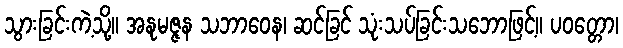
သွားခြင်းကဲ့သို့။ အနုမဇ္ဇန သဘာဝေန၊ ဆင်ခြင် သုံးသပ်ခြင်းသဘောဖြင့်။ ပဝတ္တော၊